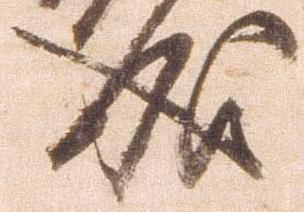
成